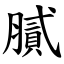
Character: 膩